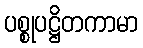
ပစ္စုပဋ္ဌိတကာမာ